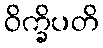
ဝိက္ခိပတိ